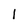
Character: l